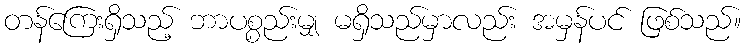
တန်ကြေးရှိသည့် ဘာပစ္စည်းမျှ မရှိသည်မှာလည်း အမှန်ပင် ဖြစ်သည်။